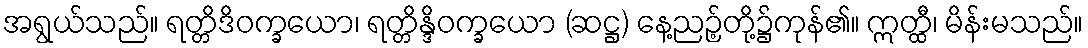
အရွယ်သည်။ ရတ္တိဒိဝက္ခယော၊ ရတ္တိန္ဒိဝက္ခယော (ဆဋ္ဌ) နေ့ညဉ့်တို့၌ကုန်၏။ ဣတ္ထီ၊ မိန်းမသည်။